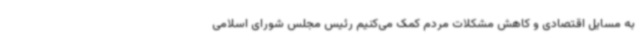
به مسایل اقتصادی و کاهش مشکلات مردم کمک می‌کنیم رئیس مجلس شورای اسلامی